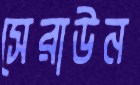
সেরাউন